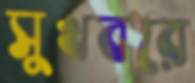
সুখবরে